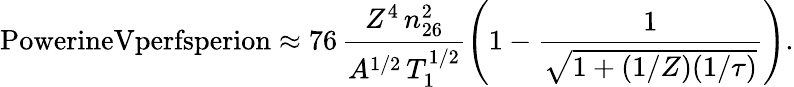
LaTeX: \textrm{PowerineVperfsperion}\approx 76\, \frac{Z^{4}\, n_{26}^{2}}{A^{1/2}\, T_{1}^{1/2}}\left(1-\frac{1}{\sqrt{1+(1/Z)(1/\tau)}}\right).